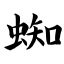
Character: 蜘